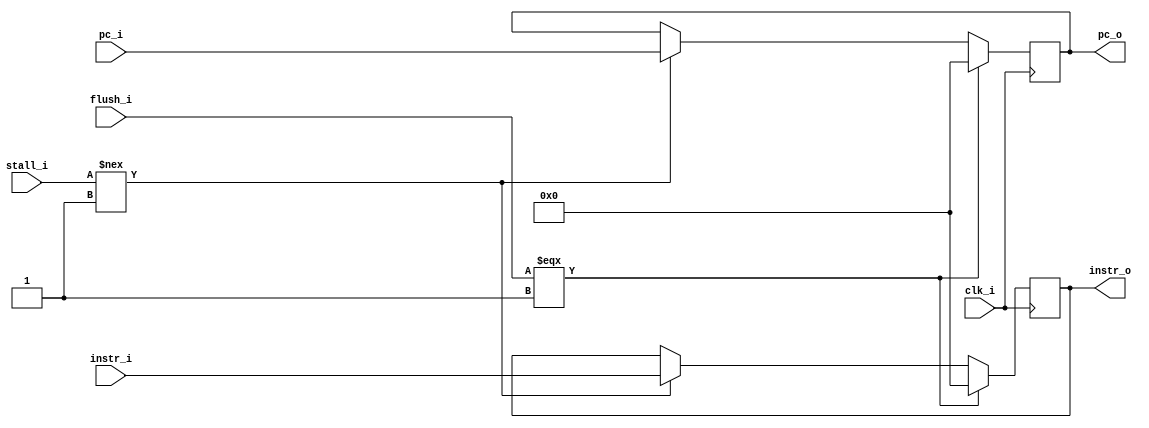
module IFID(
    clk_i,
    stall_i,
    flush_i,
    pc_i,
    instr_i,
    pc_o,
    instr_o
);

input clk_i;
input stall_i;
input flush_i;
input [31:0] pc_i;
input [31:0] instr_i;
output [31:0] pc_o;
output [31:0] instr_o;
reg [31:0] instr_o;
reg [31:0] pc_o;

always @(posedge clk_i) begin
    if (stall_i !== 1'b1) begin
        instr_o = instr_i;
        pc_o = pc_i;
    end
    if (flush_i === 1'b1) begin
        pc_o = 0;
        instr_o = 0;
    end
    
end


endmodule